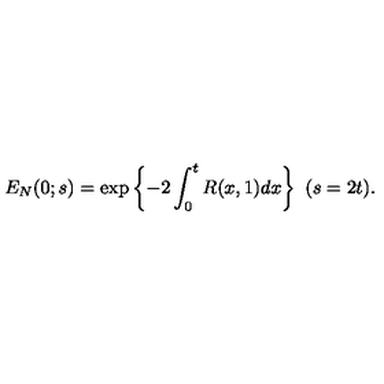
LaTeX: E _ { N } ( 0 ; s ) = \exp \left\{ - 2 \int _ { 0 } ^ { t } R ( x , 1 ) d x \right\} \ ( s = 2 t ) .